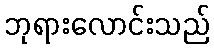
ဘုရားလောင်းသည်